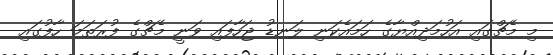
މި މެޗްގައި އަހުމަދިއްޔާގެ ހަމައެކަނި ލަނޑު ޖަހާފައި ވަނީ މެޗްގެ ފުރަތަމަ ހާފުގައި